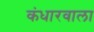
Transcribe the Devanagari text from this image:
कंधारवाला